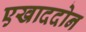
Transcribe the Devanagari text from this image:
एखाददोन